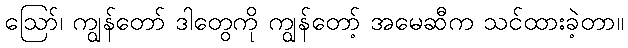
ဪ၊ ကျွန်တော် ဒါတွေကို ကျွန်တော့် အမေဆီက သင်ထားခဲ့တာ။